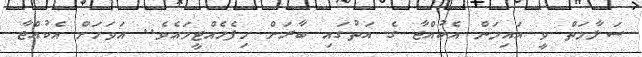
ސަލާމަތް ވީ އައިމަން އެކުއްޖާ ގެ އަތުގައި ބާރަށް ހިފެހެއްޓީމައެވެ.. އަވަހަށް އެކުއްޖާ